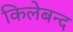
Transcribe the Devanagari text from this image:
किलेबन्द